Indian journal of veterinary science and animal husbandry - Volumes 22-23, 1952-1953
Year: 1952
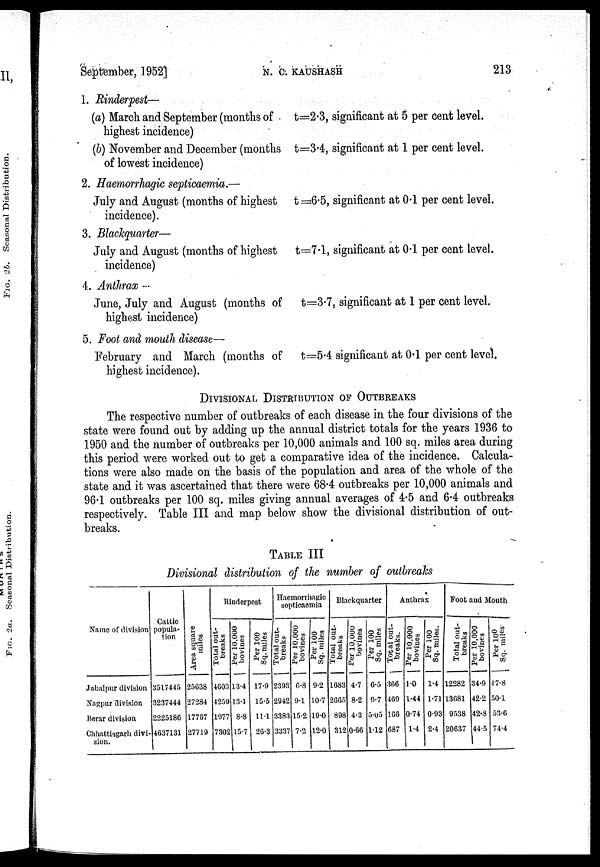
September, 1952]
N. C. KAUSHASH
213
1. Rinderpest—
(a) March and September (months of
highest incidence)
(b) November and December (months
of lowest incidence)
t=2.3, significant at 5 per cent level.
t=3.4, significant at 1 per cent level.
2. Haemorrhagic septicaemia.—
July and August (months of highest
incidence).
t =6.5, significant at 0.1 per cent level.
3. Blackquarter—
July and August (months of highest
incidence)
t=7.l, significant at 0.1 per cent level.
4. Anthrax -
June, July and August (months of
highest incidence)
t=3.7, significant at 1 per cent level.
5. Foot and mouth disease—
February and March (months of
highest incidence).
t=5.4 significant at 0.1 per cent level.
DIVISIONAL DISTRIBUTION OF OUTBBREAKS
The respective number of outbreaks of each disease in the four divisions of the
state were found out by adding up the annual district totals for the years 1936 to
1950 and the number of outbreaks per 10,000 animals and 100 sq. miles area during
this period were worked out to get a comparative idea of the incidence. Calcula-
tions were also made on the basis of the population and area of the whole of the
state and it was ascertained that there were 68.4 outbreaks per 10,000 animals and
96.1 outbreaks per 100 sq. miles giving annual averages of 4.5 and 6.4 outbreaks
respectively. Table III and map below show the divisional distribution of out-
breaks.
TABLE III
Divisional distribution of the number of outbreaks
Name of division
Jabalpur division
Nagpur division
Berar division
Chhattisgarh divi-
sion.
Cattle
popula-
tion
3517445
3237444
2225186
4637131
Ar ea square
miles
25638
27284
17767
27719
Rinderpest
Total out-
breaks
4G03
4259
1077
7302
Per 10,000
bovines
13.4
13.1
8.8
15.7
Per 100
Sq. miles
17.9
15.5
11.1
26.3
Haemorrhagic
septicaemia
Total out-
breaks
2393
2942
3383
3337
Per 10,000
bovines
6.8
94
15.2
7.2
Per 100
Sq. miles
9.2
10.7
19.0
12.0
Blackquarter
Total out-
breaks
1683
2G65
898
312
Per 10,000
bovines
4.7
8.2
4.3
0.66
Per 100
Sq. miles
6.5
9.7
5.05
1.12
Anthrax
Total out-
breaks.
366
469
166
687
Per 10,000
bovines
1.0
1.44
0.74
1.4
Per 100
Sq. miles.
1.4
1.71
0.93
2.4
Foot and Mouth
Total out-
breaks
12282
13681
9538
20637
Per 10,000
bovines
34.9
42.2
42.8
44.5
Per 100
Sq. miles
47.8
50.1
53.6
74.4